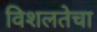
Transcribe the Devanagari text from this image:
विशलतेचा